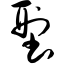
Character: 型